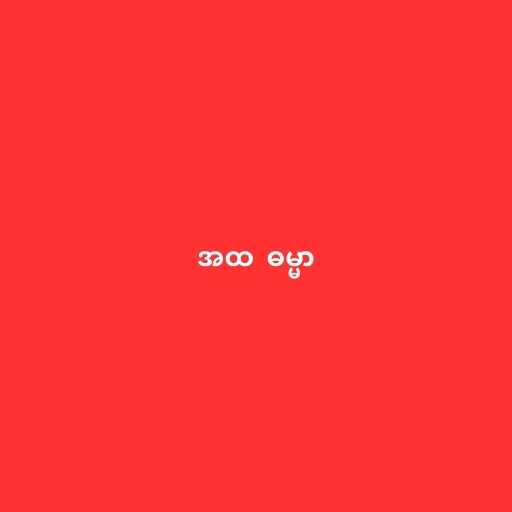
အထ  ဓမ္မာ